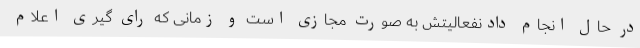
در حال انجام دادنفعالیتش به صورت مجازی است و زمانی که رای گیری اعلام